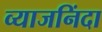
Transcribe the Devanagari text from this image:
व्याजनिंदा